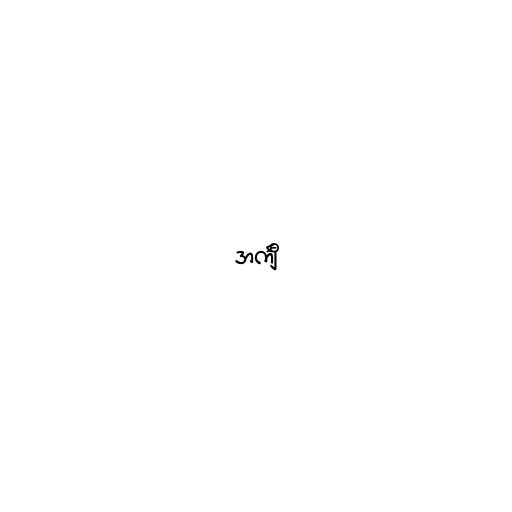
အင်္ကျီ